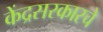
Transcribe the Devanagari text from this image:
केंद्रसरकारचे